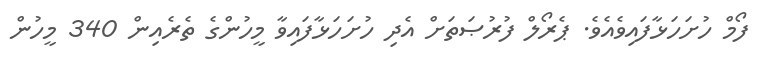
ފޯމް ހުށަހަޅާފައިވެއެވެ. ޕެރޯލް ފުރުޞަތަށް އެދި ހުށަހަޅާފައިވާ މީހުންގެ ތެރެއިން 340 މީހުން